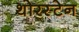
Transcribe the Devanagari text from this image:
थोरस्टेन